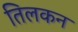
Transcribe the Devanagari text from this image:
तिलकन